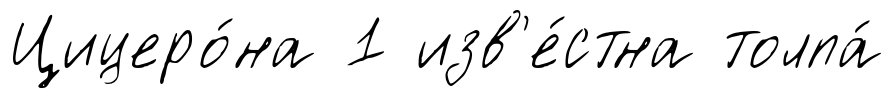
Цицеро́на 1 изв'е́стна толпа́